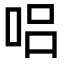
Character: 𠴊